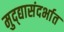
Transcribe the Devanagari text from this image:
मुद्द्यासंदर्भात